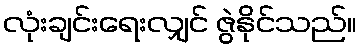
လုံးချင်းရေးလျှင် ဇွဲနိုင်သည်။